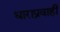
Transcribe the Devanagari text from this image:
धाराप्रवाही